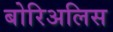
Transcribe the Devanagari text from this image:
बोरिअलिस